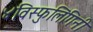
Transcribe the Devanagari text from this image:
४विस्फुलिंगिनी